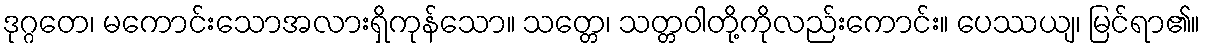
ဒုဂ္ဂတေ၊ မကောင်းသောအလားရှိကုန်သော။ သတ္တေ၊ သတ္တဝါတို့ကိုလည်းကောင်း။ ပေဿယျ၊ မြင်ရာ၏။